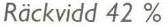
Räckvidd 42 %